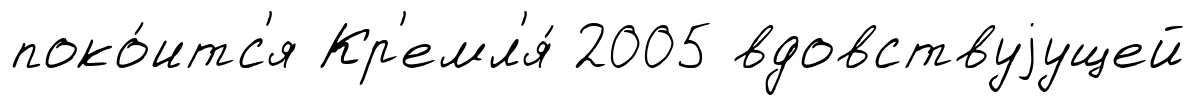
поко́итс'я Кр'емл'я́ 2005 вдовствуjущей